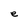
Character: e